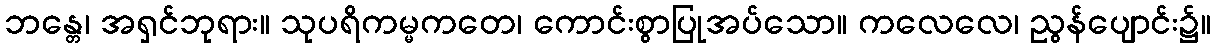
ဘန္တေ၊ အရှင်ဘုရား။ သုပရိကမ္မကတေ၊ ကောင်းစွာပြုအပ်သော။ ကလေလေ၊ ညွန်ပျောင်း၌။